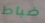
ضباط